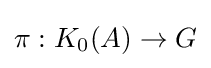
\pi :K_{0}(A)\to G